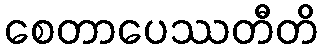
စေတာပေဿတီတိ